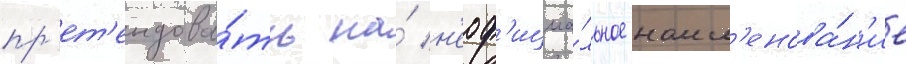
пр'ет'ендова́ть на́ н'еоф'ициа́льное наим'енова́н'ие